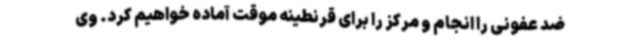
ضد عفونی را انجام و مرکز را برای قرنطینه موقت آماده خواهیم کرد. وی